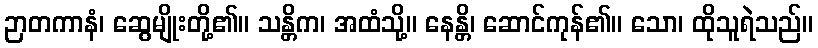
ဉာတကာနံ၊ ဆွေမျိုးတို့၏။ သန္တိက၊ အထံသို့။ နေန္တိ၊ ဆောင်ကုန်၏။ သော၊ ထိုသူရဲသည်။